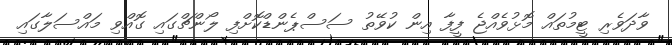
ވާދަވެރި ޓީމުތައް މޮޅުވެއްޖެ ފީފާ އިން ކުވޭތު ސަސްޕެންޑްކޮށްފި ލޯންޗްގައި ގޮއްވި މައްސަލާގައި